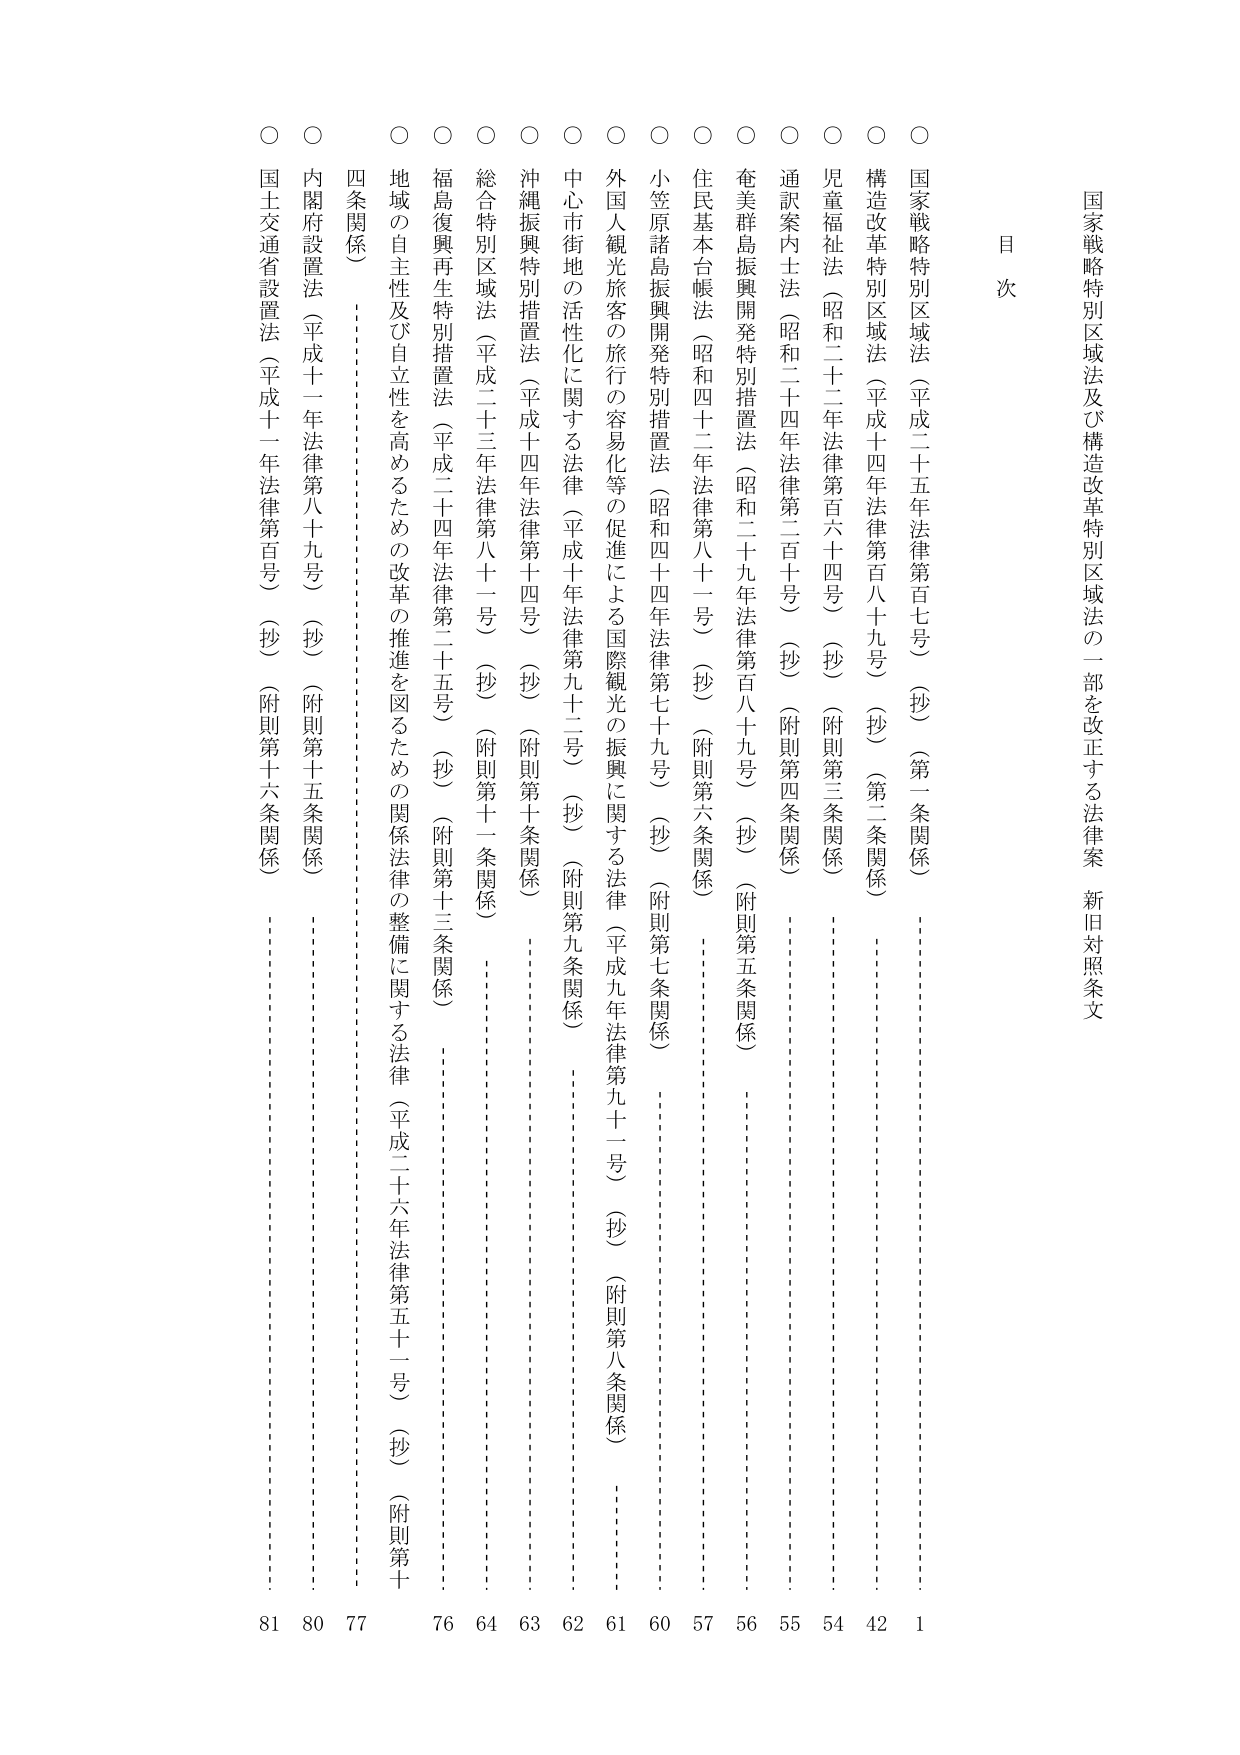
国家戦略特別区域法及び構造改革特別区域法の一部を改正する法律案 新旧対照条文

目次

○ 国家戦略特別区域法（平成二十五年法律第百七号）（抄）（第一条関係） 1
○ 構造改革特別区域法（平成二十四年法律第百八十九号）（抄）（第二条関係） 42
○ 児童福祉法（昭和二十二年法律第百六十四号）（抄）（附則第三条関係） 54
○ 通訳案内士法（昭和二十四年法律第二百十号）（抄）（附則第四条関係） 55
○ 奄美群島振興開発特別措置法（昭和二十九年法律第百八十九号）（抄）（附則第五条関係） 56
○ 住民基本台帳法（昭和四十二年法律第八十一号）（抄）（附則第六条関係） 57
○ 小笠原諸島振興開発特別措置法（昭和四十四年法律第七十九号）（抄）（附則第七条関係） 60
○ 外国人観光旅客の旅行の容易化等の促進による国際観光の振興に関する法律（平成九年法律第九十二号）（抄）（附則第八条関係） 61
○ 中心市街地の活性化に関する法律（平成十年法律第九十二号）（抄）（附則第九条関係） 62
○ 沖縄振興特別措置法（平成二十四年法律第十四号）（抄）（附則第十条関係） 63
○ 総合特別区域法（平成二十三年法律第八十二号）（抄）（附則第十一条関係） 64
○ 福島復興再生特別措置法（平成二十四年法律第三十五号）（抄）（附則第十三条関係） 76
○ 地域の自主性及び自立性を高めるための改革の推進を図るための関係法律の整備に関する法律（平成二十六年法律第五十一号）（抄）（附則第十四条関係） 77
○ 四条関係 77
○ 内閣府設置法（平成十一年法律第八十九号）（抄）（附則第十五条関係） 80
○ 国土交通省設置法（平成十一年法律第百号）（抄）（附則第十六条関係） 81